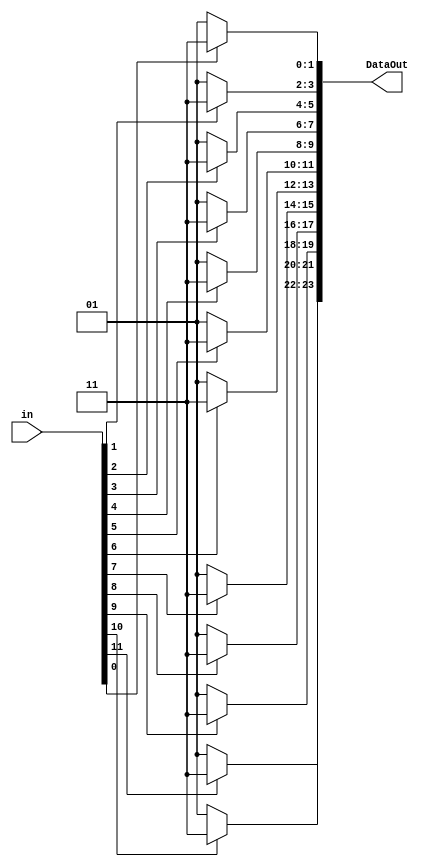
module BPSK_mod_text (in, DataOut);
parameter n=12; //default value is set for hamming, not BCH which needs 15 bits in
input [n-1:0] in;
output [2*n-1:0] DataOut;

wire [1:0] out0, out1, out2, out3, out4, out5, out6, out7, out8, out9, out10, out11;
wire [29:0] max_size;
//if we are in range of the parameters, map 0s to 1 and 1s to -1
assign out0 = (0<= n) ? ((in[0] == 0) ? 01:11) : 00;
assign out1 = (1<= n) ? ((in[1] == 0) ? 01:11) : 00;
assign out2 = (2<= n) ? ((in[2] == 0) ? 01:11) : 00;
assign out3 = (3<= n) ? ((in[3] == 0) ? 01:11) : 00;
assign out4 = (4<= n) ? ((in[4] == 0) ? 01:11) : 00;
assign out5 = (5<= n) ? ((in[5] == 0) ? 01:11) : 00;
assign out6 = (6<= n) ? ((in[6] == 0) ? 01:11) : 00;
assign out7 = (7<= n) ? ((in[7] == 0) ? 01:11) : 00;
assign out8 = (8<= n) ? ((in[8] == 0) ? 01:11) : 00;
assign out9 = (9<= n) ? ((in[9] == 0) ? 01:11) : 00;
assign out10 = (10<= n) ? ((in[10] == 0) ? 01:11) : 00;
assign out11 = (11<= n) ? ((in[11] == 0) ? 01:11) : 00;

assign max_size = {out11, out10, out9, out8, out7, out6, out5, out4, out3, out2, out1, out0};

assign DataOut = max_size[2*n-1:0];
endmodule